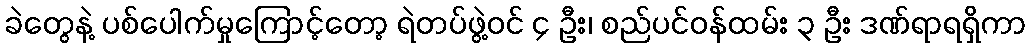
ခဲတွေနဲ့ ပစ်ပေါက်မှုကြောင့်တော့ ရဲတပ်ဖွဲ့ဝင် ၄ ဦး၊ စည်ပင်ဝန်ထမ်း ၃ ဦး ဒဏ်ရာရရှိကာ